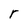
Character: r